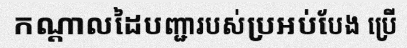
កណ្តាលដៃបញ្ជារបស់ប្រអប់បែង ប្រើ